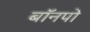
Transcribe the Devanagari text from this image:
बॉनपो